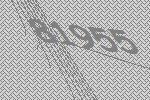
81955